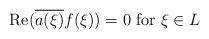
LaTeX: \begin{align*}{\rm Re}(\overline{a(\xi)} f(\xi)) = 0 {\rm\ for\ } \xi\in L \end{align*}